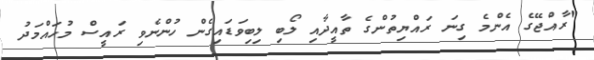
"ރާއްޖޭގެ އެންމެ ގިނަ ރައްޔިތުންގެ ތާއީދާއި ލޯބި ލިބިވަޑައިގެން ހުންނެވި ރައީސް މުހައްމަދު